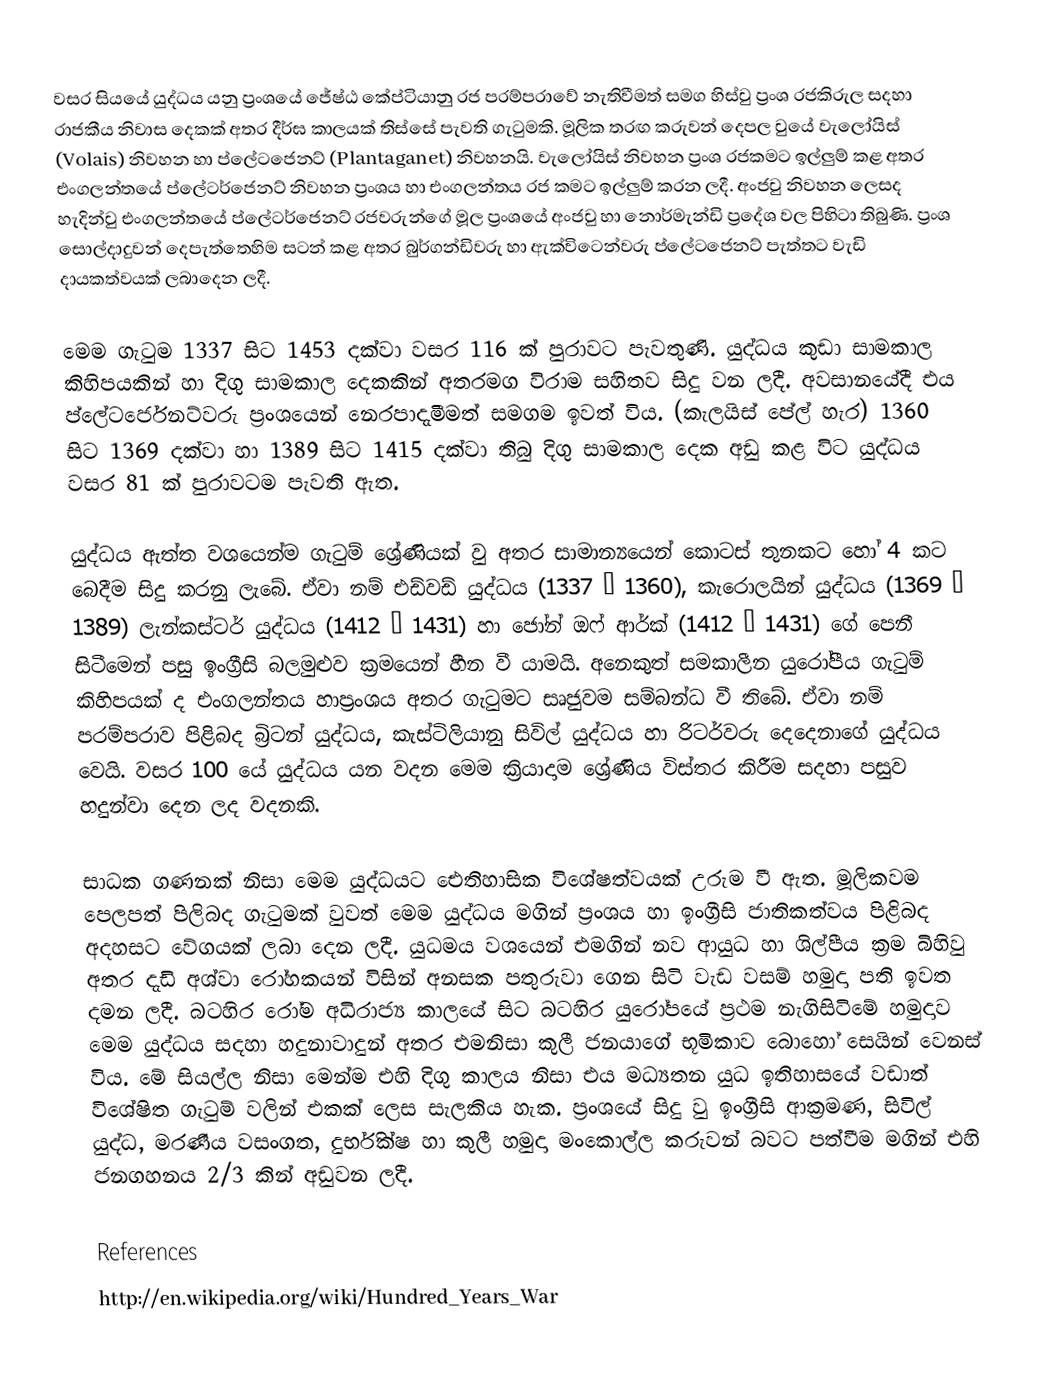
වසර සියයේ යුද්ධය යනු ප්‍රංශයේ ජේෂ්ඨ කේප්ටියානු රජ පරම්පරාවේ නැතිවීමත් සමග හිස්වු ප්‍රංශ රජකිරුල සදහා රාජකීය නිවාස දෙකක් අතර දීර්ඝ කාලයක් තිස්සේ පැවති ගැටුමකි. මූලික තරඟ කරුවන් දෙපල වුයේ වැලෝයිස් (Volais) නිවහන හා ප්ලේටජෙනට් (Plantaganet) නිවහනයි. වැලෝයිස් නිවහන ප්‍රංශ රජකමට ඉල්ලුම් කළ අතර එංගලන්තයේ ප්ලේටර්ජෙනට් නිවහන ප්‍රංශය හා එංගලන්තය රජ කමට ඉල්ලුම් කරන ලදී. අංජවු නිවහන ලෙසද හැදින්වු එංගලන්තයේ ප්ලේටර්ජෙනට් රජවරුන්ගේ මූල  ප්‍රංශයේ අංජවු හා නොර්මැන්ඩි ප්‍රදේශ වල පිහිටා තිබුණි. ප්‍රංශ සොල්දාදුවන් දෙපැත්තෙහිම සටන් කළ අතර බුර්ගන්ඩිවරු හා ඇක්විටෙන්වරු ප්ලේටජෙනට් පැත්තට වැඩි දායකත්වයක් ලබාදෙන ලදී.

මෙම ගැටුම 1337 සිට 1453 දක්වා වසර 116 ක් පුරාවට පැවතුණි. යුද්ධය කුඩා සාමකාල කිහිපයකින් හා දිගු සාමකාල දෙකකින් අතරමග විරාම සහිතව සිදු වන ලදී. අවසානයේදී එය ප්ලේටර්ජෙනට්වරු ප්‍රංශයෙන් නෙරපාදැමීමත් සමගම ඉවත් විය. (කැලයිස් පේල් හැර) 1360 සිට 1369 දක්වා හා 1389 සිට 1415 දක්වා තිබු දිගු සාමකාල දෙක අඩු කළ විට යුද්ධය වසර 81 ක් පුරාවටම පැවති ඇත.

යුද්ධය ඇත්ත වශයෙන්ම ගැටුම් ශ්‍රේණියක් වු අතර සාමාන්‍යයෙන් කොටස් තුනකට හෝ 4 කට බෙදීම සිදු කරනු ලැබේ. ඒවා නම් එඩ්වඩ් යුද්ධය (1337 – 1360), කැරොලයින් යුද්ධය (1369 – 1389) ලැන්කස්ටර් යුද්ධය (1412 – 1431) හා ජෝන් ඔෆ් ආර්ක් (1412 – 1431) ගේ පෙනී සිටීමෙන් පසු ඉංග්‍රීසි බලමුළුව ක්‍රමයෙන් හීන වී යාමයි. අනෙකුත් සමකාලීන යුරෝපීය ගැටුම් කිහිපයක් ද එංගලන්තය හා‍ප්‍රංශය අතර ගැටුමට සෘජුවම සම්බන්ධ වී තිබේ. ඒවා නම් පරම්පරාව පිළිබද බ්‍රිටන් යුද්ධය, කැස්ටිලියානු සිවිල් යුද්ධය හා රිටර්වරු දෙදෙනාගේ යුද්ධය වෙයි. වසර 100 යේ යුද්ධය යන වදන මෙම ක්‍රියාදාම ශ්‍රේණිය විස්තර කිරීම සදහා පසුව හදුන්වා දෙන ලද  වදනකි.

සාධක ගණනක් නිසා මෙම යුද්ධයට ඓතිහාසික විශේෂත්වයක් උරුම වී ඇත. මූලිකවම පෙලපත් පිලිබද ගැටුමක් වුවත් මෙම යුද්ධය මගින් ප්‍රංශය හා ඉංග්‍රීසි ජාතිකත්වය පිළිබද අදහසට වේගයක් ලබා දෙන ලදී. යුධමය වශයෙන් එමගින් නව ආයුධ හා ශිල්පීය ක්‍රම බිහිවු අතර දැඩි අශ්වා රෝහකයන් විසින් අනසක පතුරුවා ගෙන සිටි වැඩ වසම් හමුදා පති ඉවත දමන ලදී. බටහිර රෝම අධිරාජ්‍ය කාලයේ සිට බටහිර යුරෝපයේ ප්‍රථම නැගිසිටිමේ හමුදාව මෙම යුද්ධය සදහා හදුනාවාදුන් අතර එමනිසා කුලී ජනයාගේ භූමිකාව බොහෝ සෙයින් වෙනස් විය.  මේ සියල්ල නිසා මෙන්ම එහි දිගු කාලය නිසා එය මධ්‍යතන යුධ ඉතිහාසයේ වඩාත් විශේෂිත ගැටුම් වලින් එකක් ලෙස සැලකිය හැක. ප්‍රංශයේ සිදු වු ඉංග්‍රීසි ආක්‍රමණ, සිවිල් යුද්ධ, මරණීය වසංගත, දුර්භික්ෂ හා කුලී හමුදා මංකොල්ල කරුවන් බවට පත්වීම මගින් එහි ජනගහනය 2/3 කින් අඩුවන ලදී.

References
http://en.wikipedia.org/wiki/Hundred_Years_War